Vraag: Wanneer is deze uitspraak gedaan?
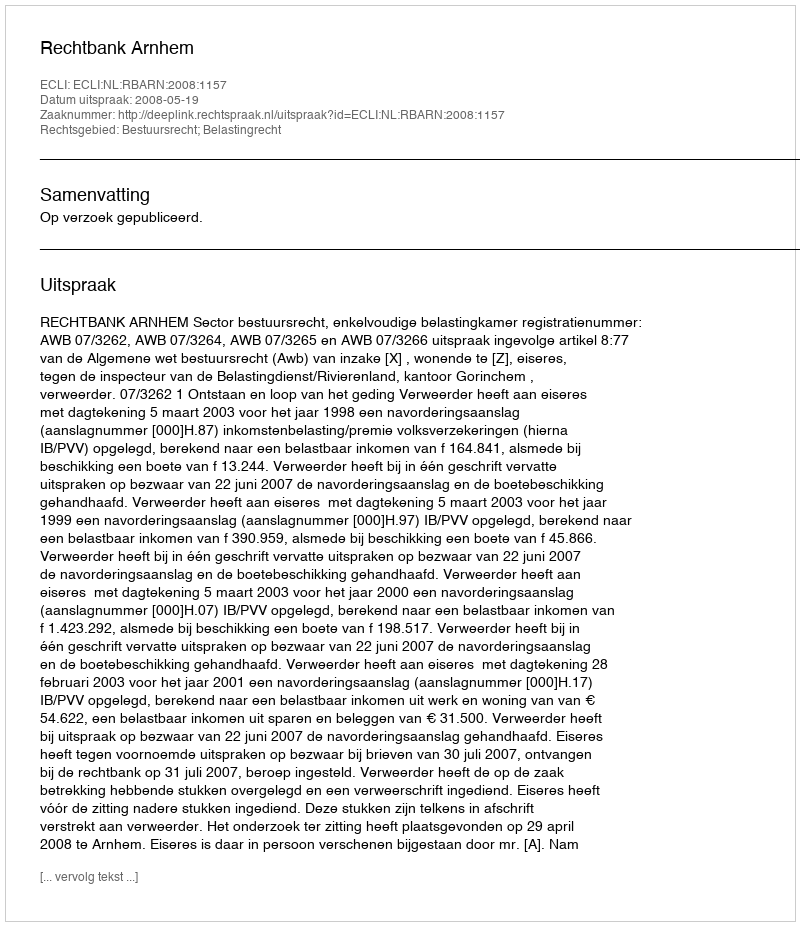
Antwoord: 2008-05-19